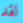
لقد